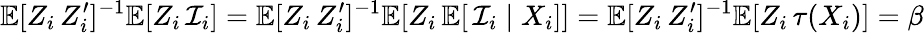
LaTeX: \mathbb{E}[Z_{i}\, Z_{i}^{\prime}]^{-1}\mathbb{E}[Z_{i}\, \mathcal{I}_{i}]=\mathbb{E}[Z_{i}\, Z_{i}^{\prime}]^{-1}\mathbb{E}[Z_{i}\, \mathbb{E}[\, \mathcal{I}_{i}\mid X_{i}]]=\mathbb{E}[Z_{i}\, Z_{i}^{\prime}]^{-1}\mathbb{E}[Z_{i}\, \tau(X_{i})]=\beta